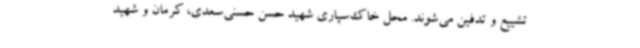
تشییع و تدفین می‌شوند. محل خاک‌سپاری شهید حسن حسنی‌سعدی، کرمان و شهید